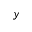
y